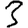
Digit: 3